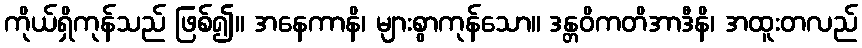
ကိုယ်ရှိကုန်သည် ဖြစ်၍။ အနေကာနိ၊ များစွာကုန်သော။ ဒန္တဝိကတိအာဒီနိ၊ အထူးတလည်